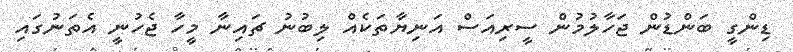
ޑިންގީ ބަންޑުން ޖަހާލުމުން ސީރިއަސް އަނިޔާތަކެއް ލިބުނު ޗައިނާ މީހާ ޖެހުނީ އެތަނުގައި